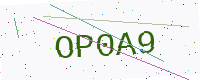
Text: OP0A9